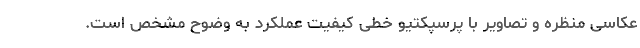
عکاسی منظره و تصاویر با پرسپکتیو خطی کیفیت عملکرد به وضوح مشخص است.